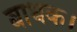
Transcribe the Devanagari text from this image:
बाधक।